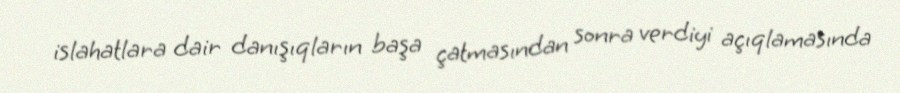
islahatlara dair danışıqların başa çatmasından sonra verdiyi açıqlamasında